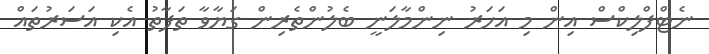
ނެޓްފްލިކްސް އިން މި އަހަރު ނިންމާލަނީ ބެލުންތެރިން ގަޔާވާ ތަފާތު އެކި އަސަރުތައް